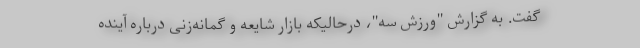
گفت. به گزارش "ورزش سه"، درحالیکه بازار شایعه و گمانه‌زنی درباره آینده